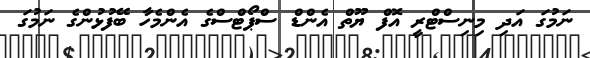
ނަމުގަ އަދި މިނިސްޓްރީ އޮފް ޔޫތް އެންޑް ސްޕޯޓްސްގެ އެންމެހާ ބޭފުޅުންގެ ނަމުގަ